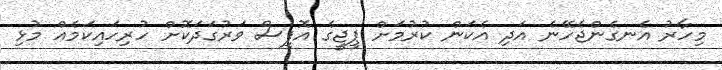
މިހާރު އެނގެންޖެހޭނެ އަދި އެކަން ކުރުމަށް ޕީޖީގެ އޮފީސް ވަރުގަދަކޮށް ހުރިހައިކަމެއް މުޅި